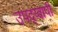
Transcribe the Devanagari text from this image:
उपद्य्वापी